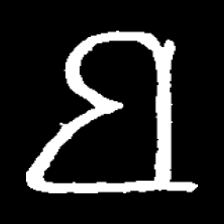
Pyu character \u2014 Myanmar letter: ဗ (romanized: ba)